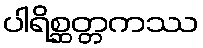
ပါရိစ္ဆတ္တကဿ